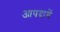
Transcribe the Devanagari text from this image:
आपदायें